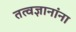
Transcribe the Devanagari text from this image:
तत्वज्ञानांना